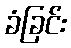
ခံခြင်း